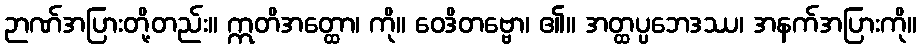
ဉာဏ်အပြားတို့တည်း။ ဣတိအတ္ထော၊ ကို။ ဝေဒိတဗ္ဗော၊ ၏။ အတ္ထပ္ပဘေဒဿ၊ အနက်အပြားကို။